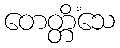
တေတ္တိံသေ